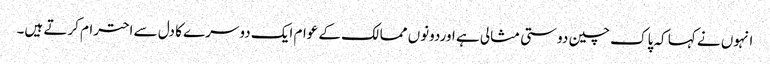
انہوں نے کہا کہ پاک چین دوستی مثالی ہے اوردونوں ممالک کے عوام ایک دوسرے کا دل سے احترام کرتے ہیں۔